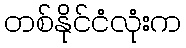
တစ်နိုင်ငံလုံးက